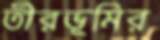
তীরভূমির